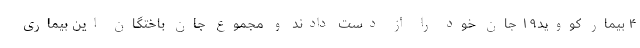
۴ بیمار کووید۱۹ جان خود را از دست دادند و مجموع جان باختگان این بیماری